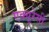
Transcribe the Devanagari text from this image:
एक्‍यूरेसी